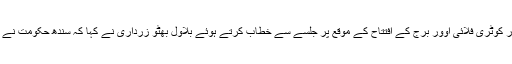
ہفتہ کو کوٹری میں جامشورو برج اور کوٹری فلائی اوور برج کے افتتاح کے موقع پر جلسے سے خطاب کرتے ہوئے بلاول بھٹو زرداری نے کہا کہ سندھ حکومت نے گورنننس اور ڈلیوری کو ترجیح بنایا۔